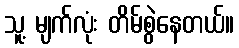
သူ့ မျက်လုံး တိမ်စွဲနေတယ်။